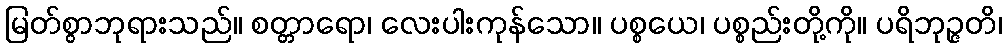
မြတ်စွာဘုရားသည်။ စတ္တာရော၊ လေးပါးကုန်သော။ ပစ္စယေ၊ ပစ္စည်းတို့ကို။ ပရိဘုဉ္ဇတိ၊